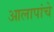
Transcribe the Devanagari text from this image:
आलापांचे